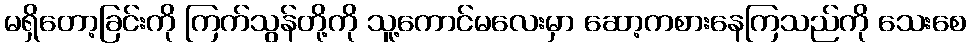
မရှိတော့ခြင်းကို ကြက်သွန်တို့ကို သူ့ကောင်မလေးမှာ ဆော့ကစားနေကြသည်ကို သေးစေ